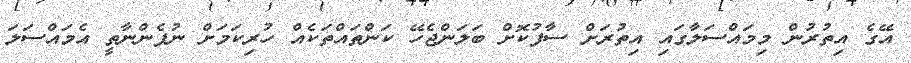
އޭގެ އިތުރުން މިމައްސަލާގައި އިތުރަށް ސާފުކޮށް ބަލަންޖެހޭ ކަންތައްތަކެއް ހުރިކަމަށް ނުފެންނާތީ އެމައްސަލަ